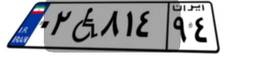
۵۵W۰۶۳۳۶